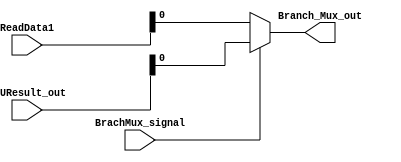
`timescale 1ns / 1ps
//////////////////////////////////////////////////////////////////////////////////
// Company: 
// Engineer: 
// 
// Design Name: 
// Module Name: Branch_Mux
// Project Name: 
// Target Devices: 
// Tool Versions: 
// Description: 
// 
// Dependencies: 
// 
// Revision:
// Revision 0.01 - File Created
// Additional Comments:
// 
//////////////////////////////////////////////////////////////////////////////////


module Branch_Mux(BrachMux_signal,ALUResult_out,ReadData1,Branch_Mux_out);
    input BrachMux_signal;
    input [31:0] ALUResult_out,ReadData1;
    output reg Branch_Mux_out;
    
    always@(BrachMux_signal,ALUResult_out,ReadData1) begin
        if(BrachMux_signal==1) begin
            Branch_Mux_out<=ALUResult_out;
        end
        else begin
            Branch_Mux_out<=ReadData1;
        end
    
    end

endmodule